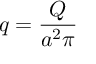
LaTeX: q = \frac { Q } { a ^ { 2 } \pi }